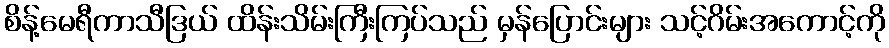
စိန့်မေရီကာသီဒြယ် ထိန်းသိမ်းကြီးကြပ်သည် မှန်ပြောင်းများ သင့်ဂိမ်းအကောင့်ကို